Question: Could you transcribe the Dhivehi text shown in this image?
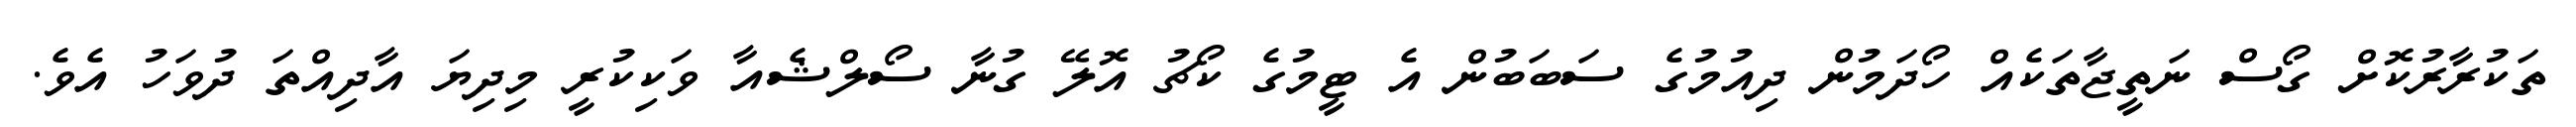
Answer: ތަކުރާރުކޮށް ގޯސް ނަތީޖާތަކެއް ހޯދަމުން ދިއުމުގެ ސަބަބުން އެ ޓީމުގެ ކޯޗު އޮލޭ ގުނާ ސޯލްޝެއާ ވަކިކުރީ މިދިޔަ އާދިއްތަ ދުވަހު އެވެ.